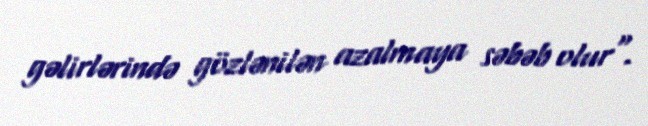
gəlirlərində gözlənilən azalmaya səbəb olur".